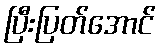
ပြီးပြတ်အောင်